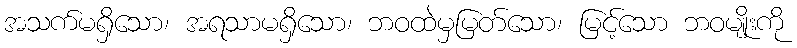
အသက်မရှိသော၊ အရသာမရှိသော၊ ဘဝထဲမှမြတ်သော၊ မြင့်သော ဘဝမျိုးကို